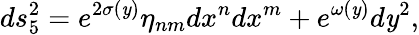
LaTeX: ds_{5}^{2}=e^{2\sigma(\mathit{y})}\eta_{nm}dx^{n}dx^{m}+e^{\omega(\mathit{y})}d\mathit{y}^{2},